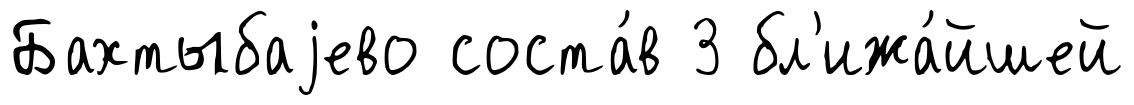
Бахтыбаjево соста́в 3 бл'ижа́йшей